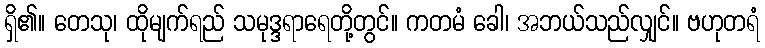
ရှိ၏။ တေသု၊ ထိုမျက်ရည် သမုဒ္ဒရာရေတို့တွင်။ ကတမံ ခေါ၊ အဘယ်သည်လျှင်။ ဗဟုတရံ